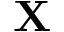
\mathbf { X }